Papaver somniferum - Opium : an extract from the sixth volume of the Dictionary of Economic Products of India
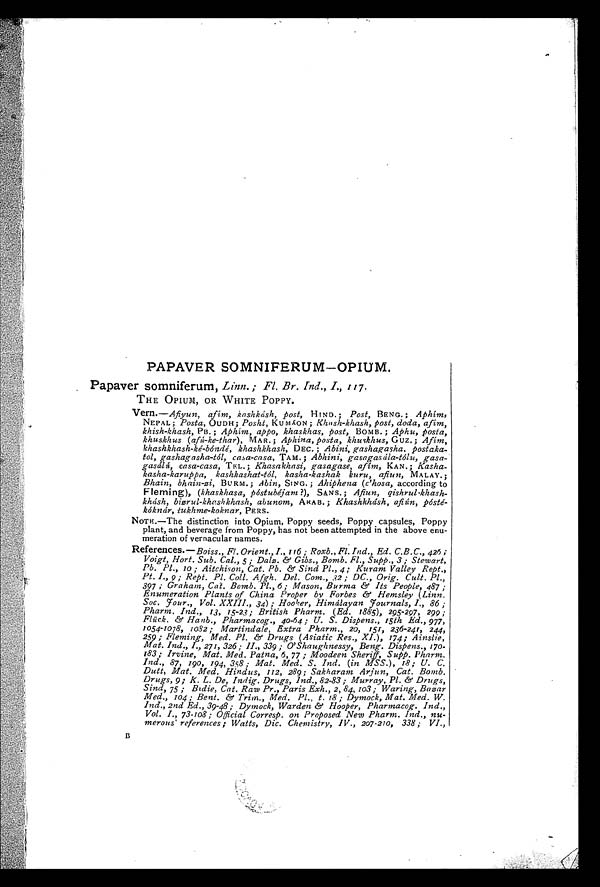
PAPAVER SOMNIFERUM—OPIUM.
Papaver somniferum, Linn. ; Fl. Br. Ind., I., 117.
THE OPIUM, OR WHITE POPPY.
Vern.—Afiyun, afim, kashkásh, post, HIND. ; Post, BENG.. Aphim,
NEPAL; Posta, OUDH; Posht, KUMÁON ; K h a s h - k h a s h , p o s t , d o d a , a f i m ,
khish-khash, PB. ; Aphim, appo, khaskhas, post, BOMB. ; Aphu, posta,
khuskhus (afú-ke-t har),M A R . ;
A p h i n a , p o s t a , k h u s k h u s ,
G u z . ;
A f i m ,
khashkhash- ké- bóndé, khashkhash, D E C .
Abini, gashagasha. postaka-
t ol , gashagasha-t ól , casa-casa,T A M . ;
gasagasúla-tólu, gasa-
gasálú, casa-casa, TEL.; Khasakhasi, gasagase, afim, K A N . ;
K a s h a .
kasha-karuppa, kashkashat-tól, kasha-kashak kuru, afiun, MALAY.;
Bhain, bhain-zi, BURM. ; Abin, SING.; Ahiphena (c'hosa, according to
Fleming), (khaskhasa, póst ubéj am?),S A N S . ;
Afiun, qishrul-khash-
khásh, bisrul-khashkhash, abunom, ARAB.; Khashkhásh, afiún, pósté-
kóknár, tukhme-koknar, PERS.
N O T E . — T h e d i s t i n c t i o n i n t o O p i u m , P o p p y s e e d s , P o p p y c a p s u l e s , P o p p y plant, and beverage from Poppy, has not been attempted in the above enu-
meration of vernacular names.
References.— Boiss., FI. Orient. I.,116 Roxb.,Fl. Ind., Ed. C.B.C., 426;
Voigt, Hort. Sub. Cal., 5; D a l e . & a m p ; G i b s . , B o m b . F l . , S u p p . , 3 ; S t e w a r t ,
Pb. Pl . , 10 ; Ai t chi son, Cat . Pb. &amp; Si nd Pl . , 4 ; Kuram Val l ey Rept . ,
Pt. I., 9 ; Rept. Pl. Coll. Afgh. Del. Com., .32 ; DC., Orig. Cult. Pl.,
397 ; Graham, Cat. Bomb. Pl., 6 ; Mason, Burma &amp; Its People, 487 ;
Enumeration Plants of China Proper by Forbes &amp; Hensley (Linn.
Soc. Four. , Vol . XXIII. , 34) ; Hooker, Hi mál ayan Fournal s, I. , 86 ;
Pharm. Ind., 13, 15-23; British Pharm. (Ed. 1885), 295-297, 299;
F l ü c k . & a m p ; H a n b . , P h a r m a c o g . , 4 0 - 6 4 ; U . S . D i s p e n s . , 1 5 t h E d . , 9 7 7 ,
1054-1078, 1082; Martindale, Extra Pharm., 20, 151, 236-241, 244,
259; Fl emi ng, Med. Pl . &amp; Dr ugs ( As i at i c Res . , XI . ) , 174; Ai ns l i e,
Mat. Ind., I., 271, 326; II., 339; O'Shauglznessy, Beng. Dispens., 170
– 1 8 3 ; I r v i n e , M a t . M e d . P a t n a , 6 , 7 7 ; M o o d e e n S h e r i f f , S u p p .
P h a r m . I n d . ,
87, 190, 194, 358 ; Mat. Med. S. Ind. (in MSS.), 18; U. C.
Dutt, Mat. Med. Hindus, 112, 289; Sakharam Arjun, Cat. Bomb.
Drugs, 9; K. L. De, Indig. Drugs, Ind., 82-83; Murray, Pl. &amp; Drugs,
Sind, 75 ; Bidie, Cat. Raw Pr. Paris Exh., 2, 84, 103 ; W
aring, Bazar
Me d . , 1 0 4 ; Be n t . &a mp ; Tr i m. , Me d . P l . , t . 1 8 ; Dy mo c k , Ma t . Me d . W.
Ind. , 2nd Ed. , 39-48; Dymock, Warden &amp; Hooper, Pharnzacog. Ind. ,
Vol. I., 73-108; Official Corresp. on Proposed New Pharm. Ind., nu-
merous' references ; Watts, Dic. Chemistry, IV., 207–210, 338; VI.,